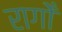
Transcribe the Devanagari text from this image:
रागोँ